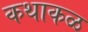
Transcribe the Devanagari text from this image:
कथाकळ